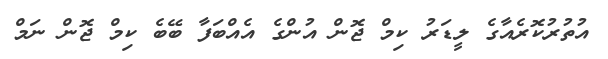
އުތުރުކޮރެއާގެ ލީޑަރު ކިމް ޖޮން އުންގެ އެއްބަފާ ބޭބެ ކިމް ޖޮން ނަމް